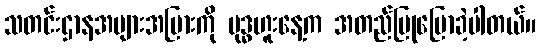
သတင်းဌာနအများအပြားကို ဗုဒ္ဓဟူးနေ့က အတည်ပြုပြောခဲ့ပါတယ်။